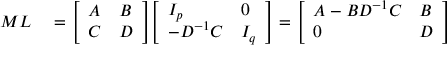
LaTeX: \begin{array} { r l } { M L } & { { } = { \left[ \begin{array} { l l } { A } & { B } \\ { C } & { D } \end{array} \right] } { \left[ \begin{array} { l l } { I _ { p } } & { 0 } \\ { - D ^ { - 1 } C } & { I _ { q } } \end{array} \right] } = { \left[ \begin{array} { l l } { A - B D ^ { - 1 } C } & { B } \\ { 0 } & { D } \end{array} \right] } } \end{array}